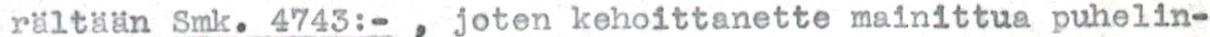
rältään Smk. 4743:-, joten kehoittanette mainittua puhelin-